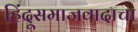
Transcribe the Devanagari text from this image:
हिंदूसमाजवादाचा